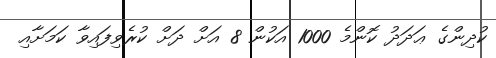
ކުދިންގެ ޢަދަދު ކޮންމެ 1000 އަކުން 8 އަށް ދަށް ކުރެވިފައިވާ ކަމަށާއި